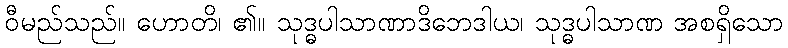
ဝီမည်သည်။ ဟောတိ၊ ၏။ သုဒ္ဓပါသာဏာဒိဘေဒါယ၊ သုဒ္ဓပါသာဏ အစရှိသော